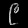
Digit: ၉